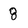
Character: 8